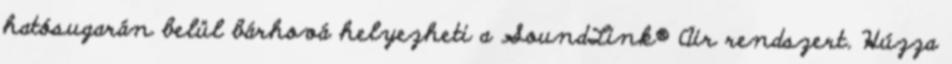
hatósugarán belül bárhová helyezheti a SoundLink® Air rendszert. Húzza